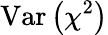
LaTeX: \mathrm{Var}\left(\chi^{2}\right)